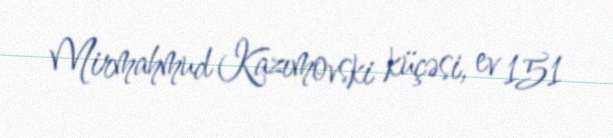
Mirmahmud Kazımovski küçəsi, ev 151